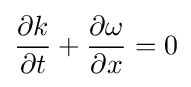
{\frac {\partial k}{\partial t}}+{\frac {\partial \omega }{\partial x}}=0